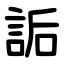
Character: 詬